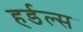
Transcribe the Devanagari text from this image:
हर्डल्स